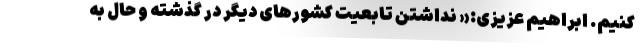
کنیم. ابراهیم عزیزی:« نداشتن تابعیت کشورهای دیگر در گذشته و حال به